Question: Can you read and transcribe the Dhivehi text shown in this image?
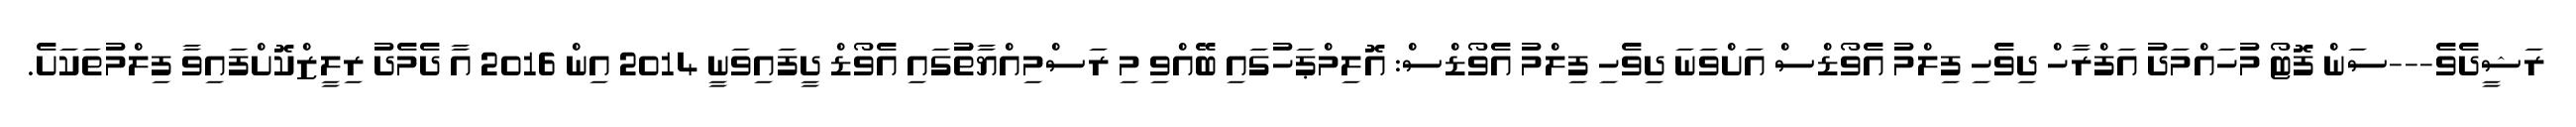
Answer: ރަޝީދެވެ---ސަން ފޮޓޯ މުހައްމަދު އަފްރާހް ދިވެހި ފިލްމު އެވޯޑްސް އަށްވަނަ ދިވެހި ފިލްމު އެވޯޑްސް: އޮލިމްޕަހުގައި ބޭއްވި މި ރަސްމިއްޔާތުުގައި އެވޯޑް ދީފައިވަނީ 2014 އިން 2016 އާ ދެމެދު ރިލީޒްކޮށްފައިވާ ފިލްމުތަކަށެ.